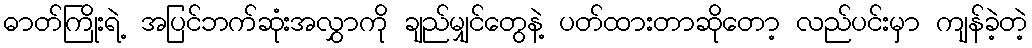
ဓာတ်ကြိုးရဲ့ အပြင်ဘက်ဆုံးအလွှာကို ချည်မျှင်တွေနဲ့ ပတ်ထားတာဆိုတော့ လည်ပင်းမှာ ကျန်ခဲ့တဲ့